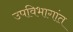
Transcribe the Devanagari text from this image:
उपविभागांत